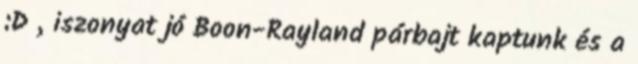
:D , iszonyat jó Boon-Rayland párbajt kaptunk és a